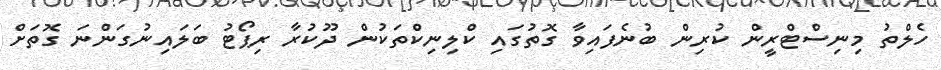
ހެލްތު މިނިސްޓްރީން ކުރިން ބުނެފައިވާ ގޮތުގައި ކްލިނިކްތަކުން ދޫކުރާ ރިޕޯޓު ބަލައިނުގަންނަ ގޮތަށް